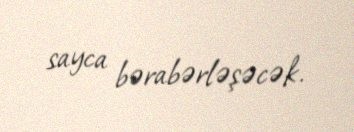
sayca bərabərləşəcək.